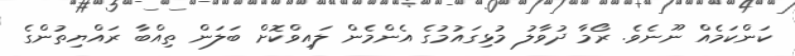
ކަންކަމެއް ނޫނެވެ. ރޯމާ ދުވާލު މުޅިގައުމުގެ އެންމެން ލައިވްކޮށް ބަލަން ތިއްބާ ރައްޔިތުންގެ